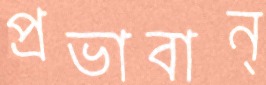
প্রভাবান্‌